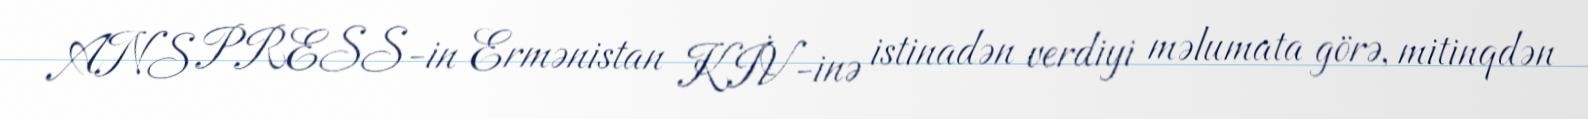
ANS PRESS-in Ermənistan KİV-inə istinadən verdiyi məlumata görə, mitinqdən